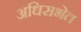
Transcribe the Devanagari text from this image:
अधिसभेत